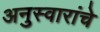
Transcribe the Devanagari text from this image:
अनुस्वारांचे